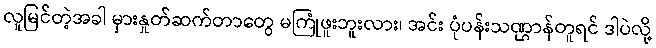
လူမြင်တဲ့အခါ မှားနှုတ်ဆက်တာတွေ မကြုံဖူးဘူးလား၊ အင်း ပုံပန်းသဏ္ဌာန်တူရင် ဒါပဲလို့